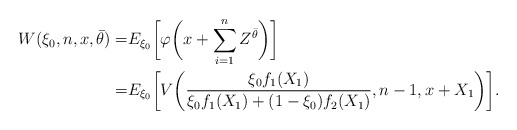
\begin{align*}W(\xi_0,n,x,\bar{\theta})=&E_{\xi_0}\biggl[\varphi\biggl(x+\sum_{i=1}^n Z^{\bar{\theta}}\biggr)\biggr]\\=&E_{\xi_0}\biggl[V\biggl(\frac{\xi_0f_1(X_1) }{\xi_0 f_1(X_1)+(1-\xi_0)f_2(X_1)}, n-1, x+X_1\biggr)\biggr].\end{align*}